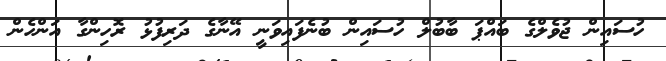
ހުސައިން ޖުވެލްގެ ބައްޕަ ބާބުލް ހުސައިން ބުނެފައިވަނީ އޭނާގެ ދަރިފުޅު ރޮހިންގާ އަންހެން